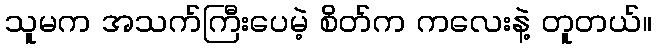
သူမက အသက်ကြီးပေမဲ့ စိတ်က ကလေးနဲ့ တူတယ်။